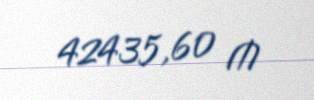
42435,60 ₼